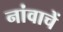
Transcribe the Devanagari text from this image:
नांवाचें